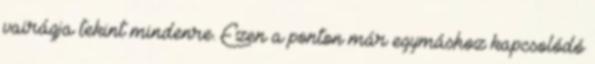
vairágja tekint mindenre. Ezen a ponton már egymáshoz kapcsolódó